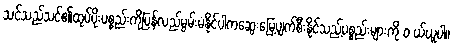
သင်သည်သင်၏ထုပ်ပိုးပစ္စည်းကိုပြန်လည်မွမ်းမံနိုင်ပါကဆွေးမြေ့ပျက်စီးနိုင်သည့်ပစ္စည်းများကို ၀ ယ်ယူပါ။